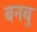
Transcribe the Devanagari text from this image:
बनबु